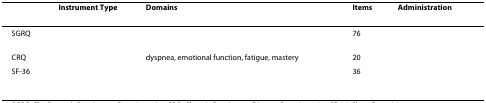
<table><thead><tr><td>[EMPTY_CELL]</td><td><b>Instrument Type</b></td><td><b>Domains</b></td><td><b>Items</b></td><td><b>Administration</b></td></tr></thead><tbody><tr><td>SGRQ</td><td>[EMPTY_CELL]</td><td>[EMPTY_CELL]</td><td>76</td><td>[EMPTY_CELL]</td></tr><tr><td>CRQ</td><td>[EMPTY_CELL]</td><td>dyspnea, emotional function, fatigue, mastery</td><td>20</td><td>[EMPTY_CELL]</td></tr><tr><td>SF-36</td><td>[EMPTY_CELL]</td><td>[EMPTY_CELL]</td><td>36</td><td>[EMPTY_CELL]</td></tr></tbody></table>